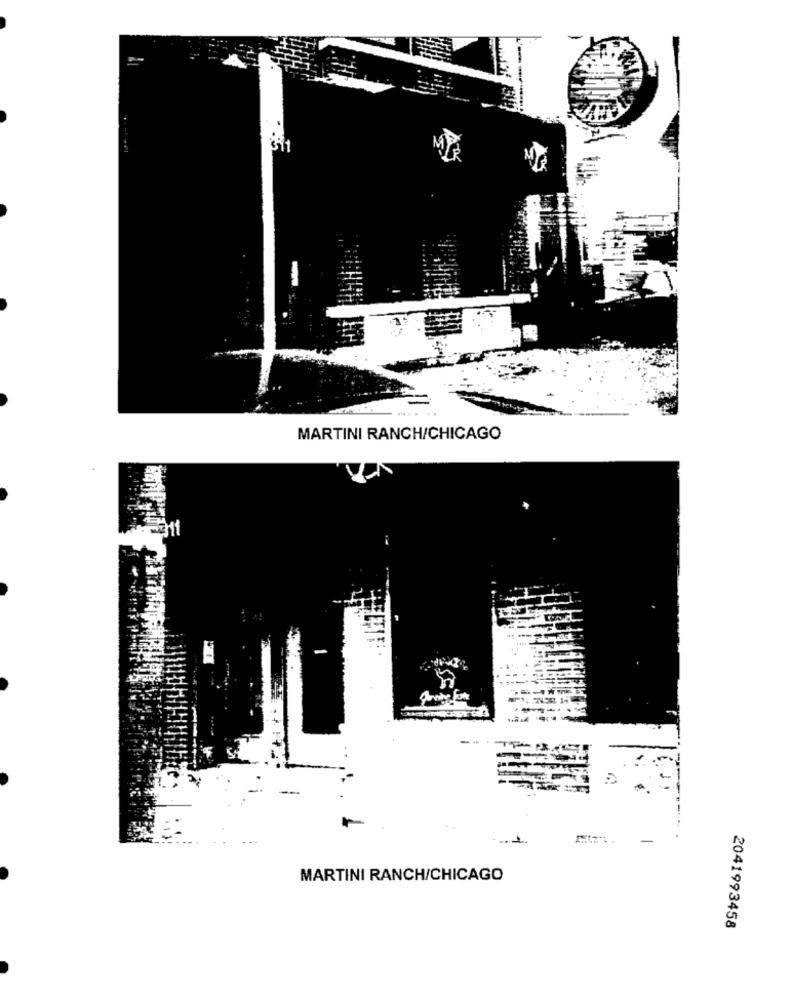
.......
MARTINI RANCH/CHICAGO
MARTINI RANCH/CHICAGO
2041993458